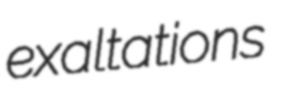
exaltations